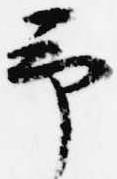
予